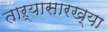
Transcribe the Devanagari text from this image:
ताऱ्यासारख्या